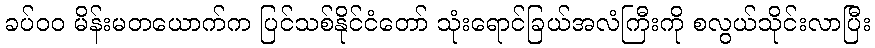
ခပ်၀၀ မိန်းမတယောက်က ပြင်သစ်နိုင်ငံတော် သုံးရောင်ခြယ်အလံကြီးကို စလွယ်သိုင်းလာပြီး